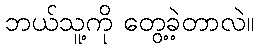
ဘယ်သူ့ကို တွေ့ခဲ့တာလဲ။